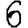
Digit: 6